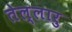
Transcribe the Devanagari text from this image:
तेल्लारु